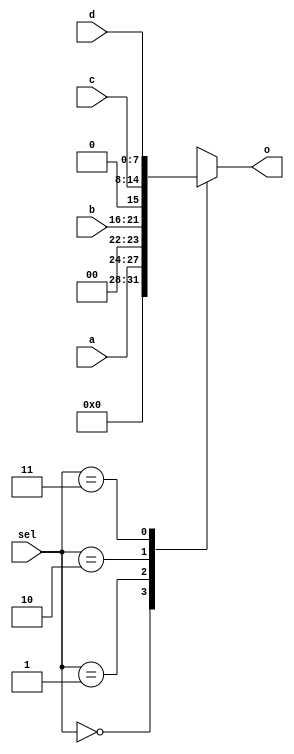
`timescale 1ns / 1ps
//////////////////////////////////////////////////////////////////////////////////
// Company: 
// Engineer: 
// 
// Design Name: 
// Module Name: mux2Case
// Project Name: 
// Target Devices: 
// Tool Versions: 
// Description: 
// 
// Dependencies: 
// 
// Revision:
// Revision 0.01 - File Created
// Additional Comments:
// 
//////////////////////////////////////////////////////////////////////////////////


module mux2Case(
        input wire [3:0]a,
        input wire [5:0]b,
        input wire [6:0]c,
        input wire [7:0]d,
        input wire [1:0] sel,
        output reg [7:0]o
    );

    always @(*) begin 
        case(sel)
            2'b00 : o[7:0] = {4'b0,a[3:0]};
            2'b01 : o[7:0] = {2'b0,b[5:0]};
            2'b10 : o[7:0] = {1'b0,c[6:0]};
            2'b11 : o[7:0] = d[7:0] ;
            default: o[7:0] = 8'h00 ;
        endcase 
            
    end 
    
endmodule